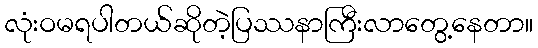
လုံးဝမရပါတယ်ဆိုတဲ့ပြဿနာကြီးလာတွေ့နေတာ။